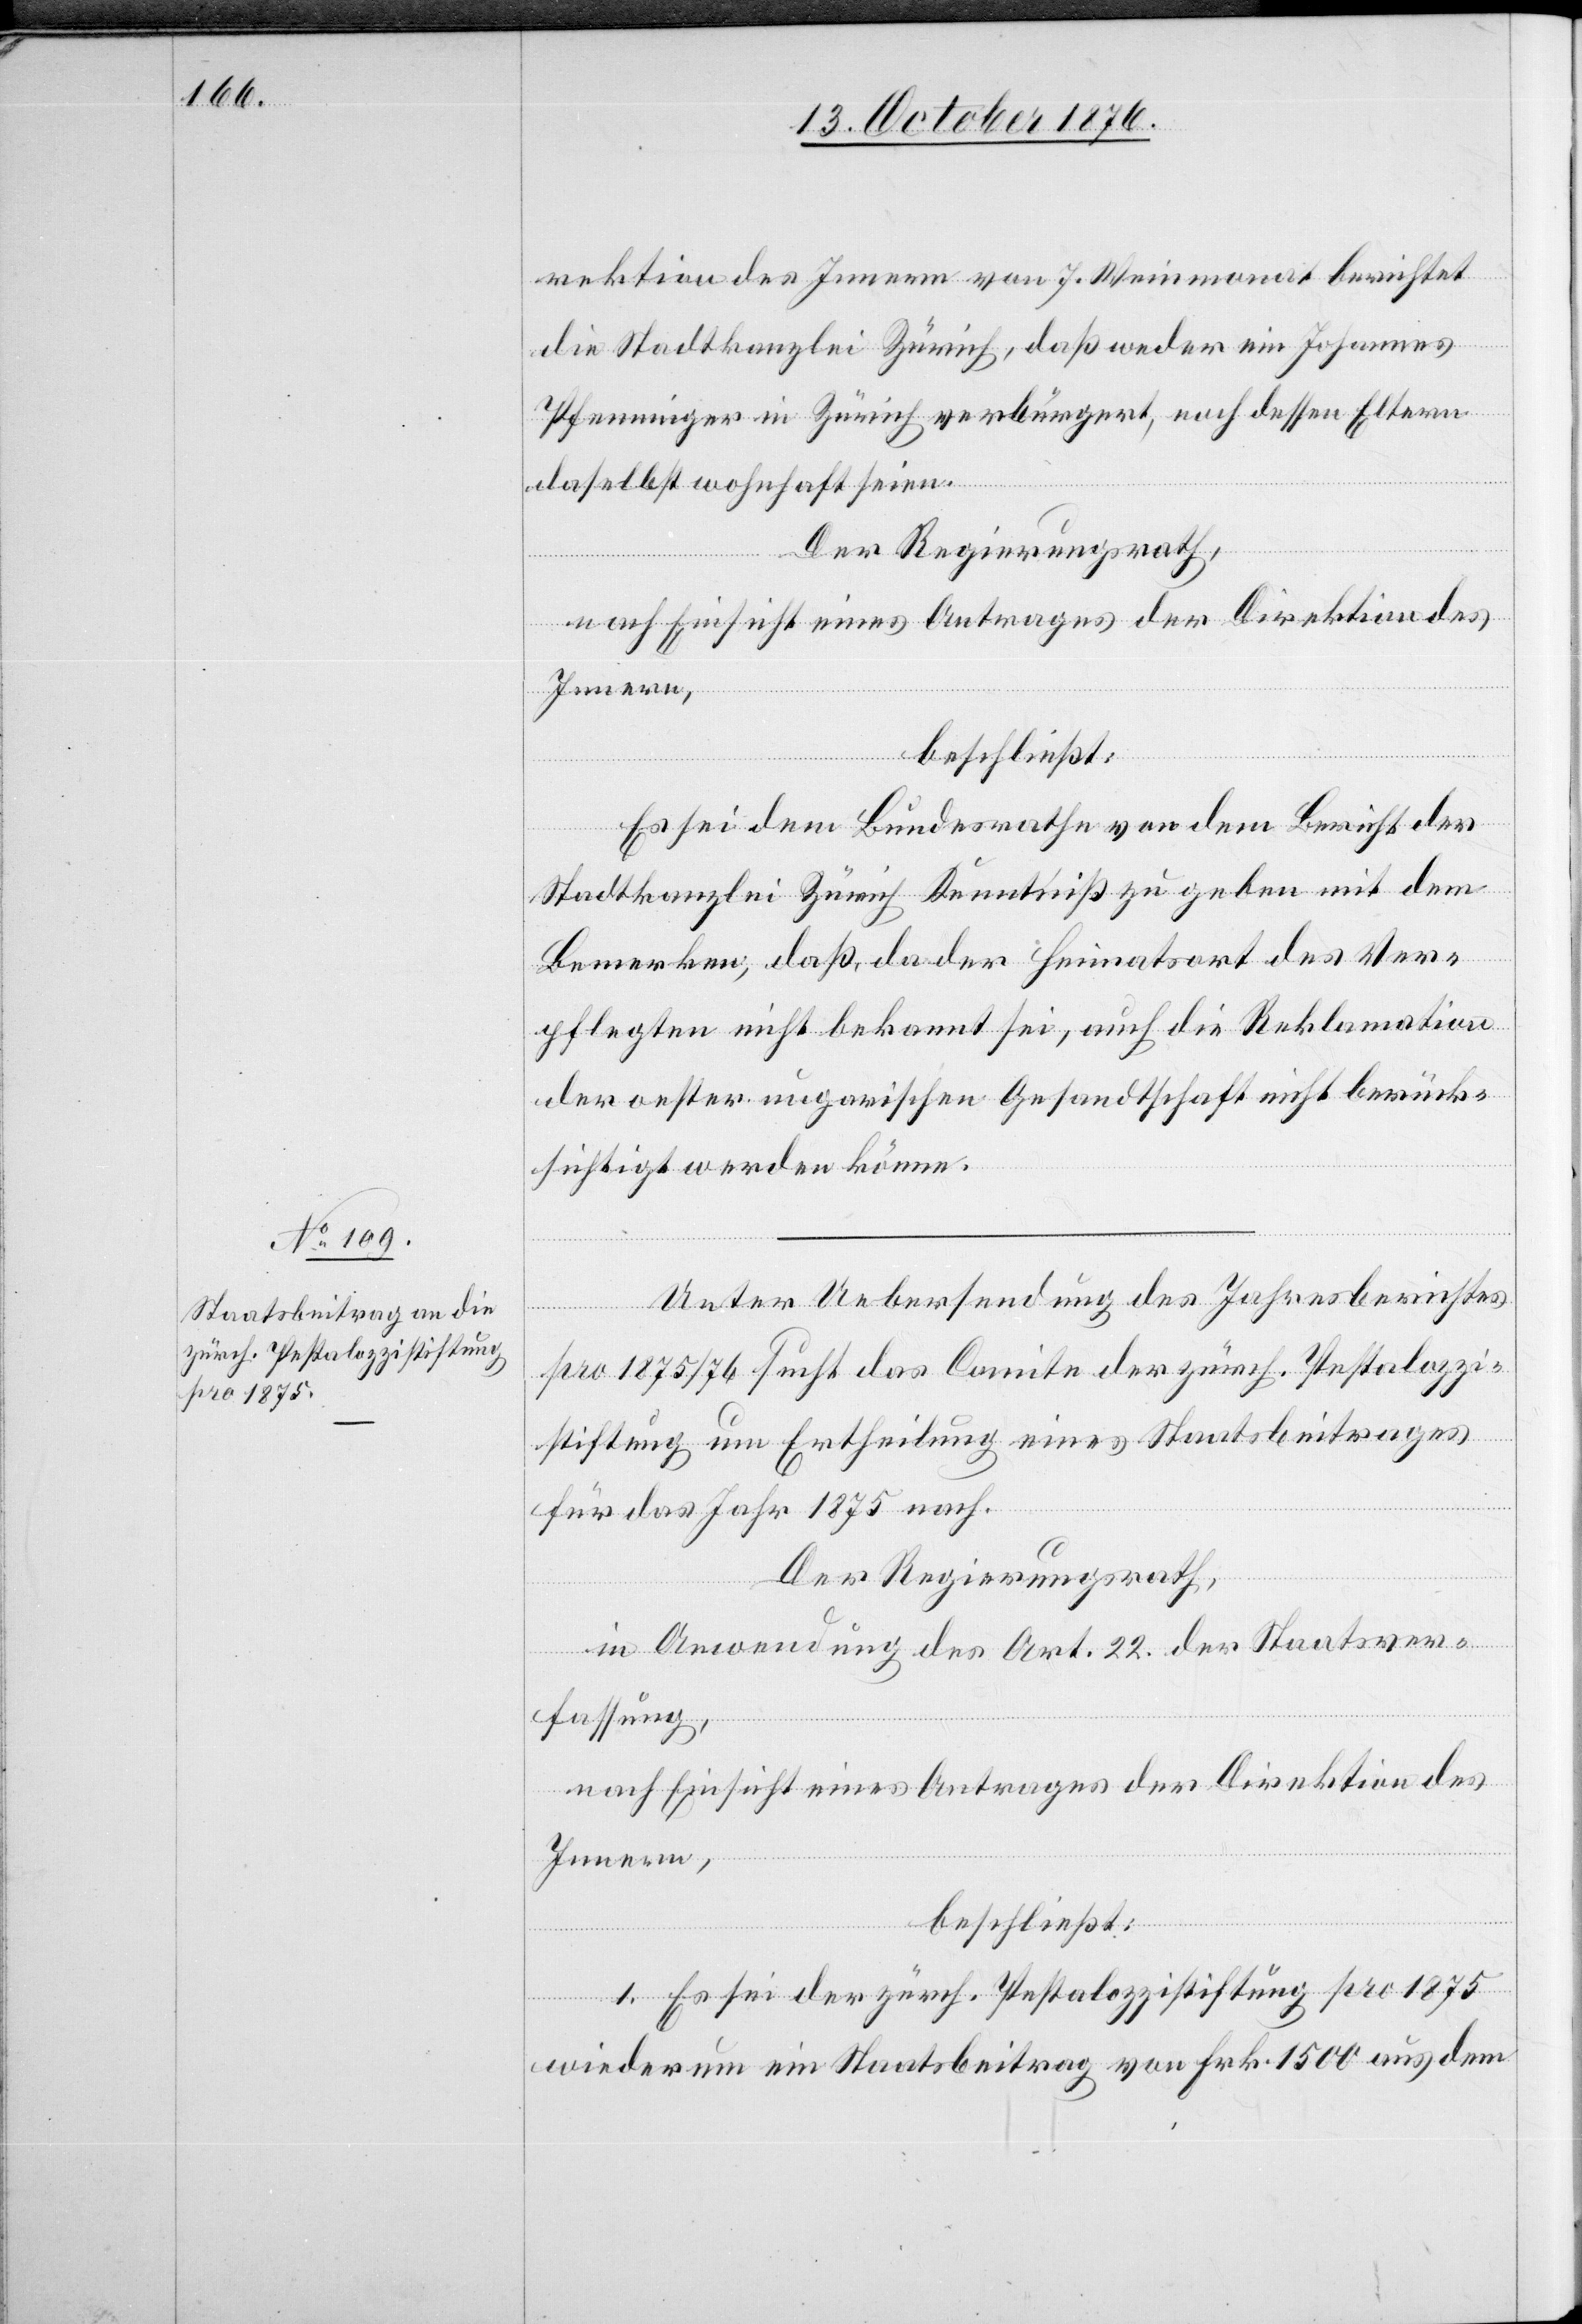
7.
die Stadtkanzlei Zürich, daß weder ein Johannes
Pfenninger in Zürich verbürgert, noch dessen Eltern
vom]
daselbst wohnhaft seien.
Der Regierungsrath,
nach Einsicht eines Antrages der Direktion des
Innern,
beschließt:
Es sei dem Bundesrathe von dem Bericht der
Stadtkanzlei Zürich Kenntniß zu geben mit dem
Bemerken, daß, da der Heimatsort des Ver¬
pflegten nicht bekannt sei, auch die Reklamation
der oester. ungarischen Gesandtschaft nicht berück¬
sichtigt werden könne.
Unter Uebersendung des Jahresberichtes
pro 1875/76 sucht das Comite der zürch. Pestalozzi¬
stiftung um Ertheilung eines Staatsbeitrages
für das Jahr 1875 nach.
Der Regierungsrath,
in Anwendung des Art. 22 der Staatsver¬
fassung,
nach Einsicht eines Antrages der Direktion des
Innern,
beschließt:
1. Es sei der zürch. Pestalozzistiftung pro 1875
wiederum ein Staatsbeitrag von Frk. 1500 aus dem